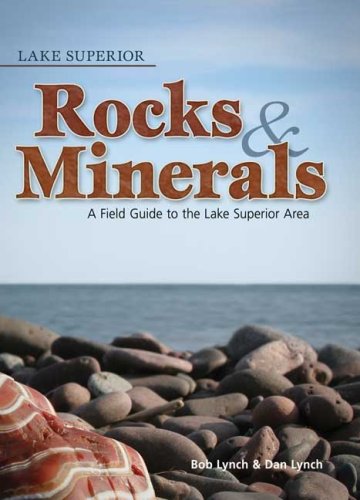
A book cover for Lake Superior Rocks & Minerals: A Field Guide to the Lake Superior Area; Bob Lynch; Science & Math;